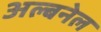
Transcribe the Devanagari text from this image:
अल्बनेल